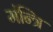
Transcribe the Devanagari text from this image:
मंन्त्रि